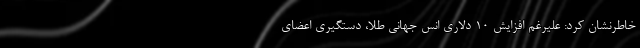
خاطرنشان کرد: علیرغم افزایش 10 دلاری انس جهانی طلا، دستگیری اعضای